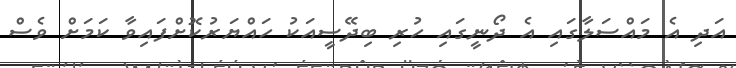
އަދި އެ މައްސަލާގައި އެ ދޯނީގައި ހުރި ބިދޭސީއަކު ހައްޔަރުކޮށްފައިވާ ކަމަށް ވެސް